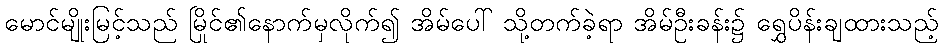
မောင်မျိုးမြင့်သည် မြိုင်၏နောက်မှလိုက်၍ အိမ်ပေါ် သို့တက်ခဲ့ရာ အိမ်ဦးခန်း၌ ရွှေပိန်းချထားသည့်